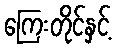
ကြေးတိုင်နှင့်